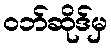
ဝဘ်ဆိုဒ်မှ